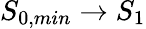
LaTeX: S_{0,min}\rightarrow S_{1}